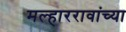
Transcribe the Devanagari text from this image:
मल्हाररावांच्या